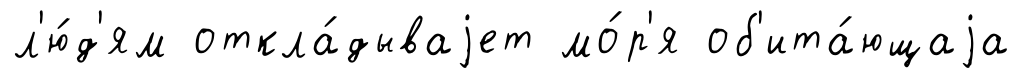
л'ю́д'ям откла́дываjет мо́р'я об'ита́ющаjа